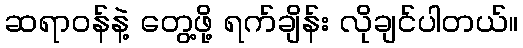
ဆရာဝန်နဲ့ တွေ့ဖို့ ရက်ချိန်း လိုချင်ပါတယ်။